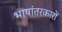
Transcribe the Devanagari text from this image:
भाषांतरकारों